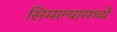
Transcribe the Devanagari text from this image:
सिमल्यामध्ये